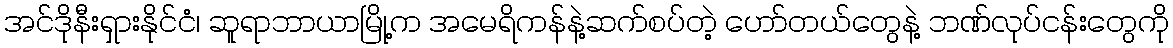
အင်ဒိုနီးရှားနိုင်ငံ၊ ဆူရာဘာယာမြို့က အမေရိကန်နဲ့ဆက်စပ်တဲ့ ဟော်တယ်တွေနဲ့ ဘဏ်လုပ်ငန်းတွေကို